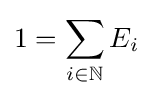
1=\sum _{i\in \mathbb {N} }E_{i}